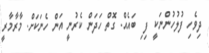
ދިވެހި ފުލުހުންނަކީ ފިޱި ބައެއް. ގޮތް ހަދަން ކެރުނީ އަން ހެނަކަށް. މާރާާމާރީ